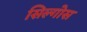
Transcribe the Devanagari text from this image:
सिल्गोस